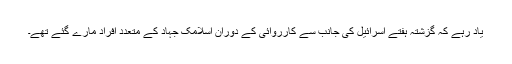
یاد رہے کہ گزشتہ ہفتے اسرائیل کی جانب سے کارروائی کے دوران اسلامک جہاد کے متعدد افراد مارے گئے تھے۔